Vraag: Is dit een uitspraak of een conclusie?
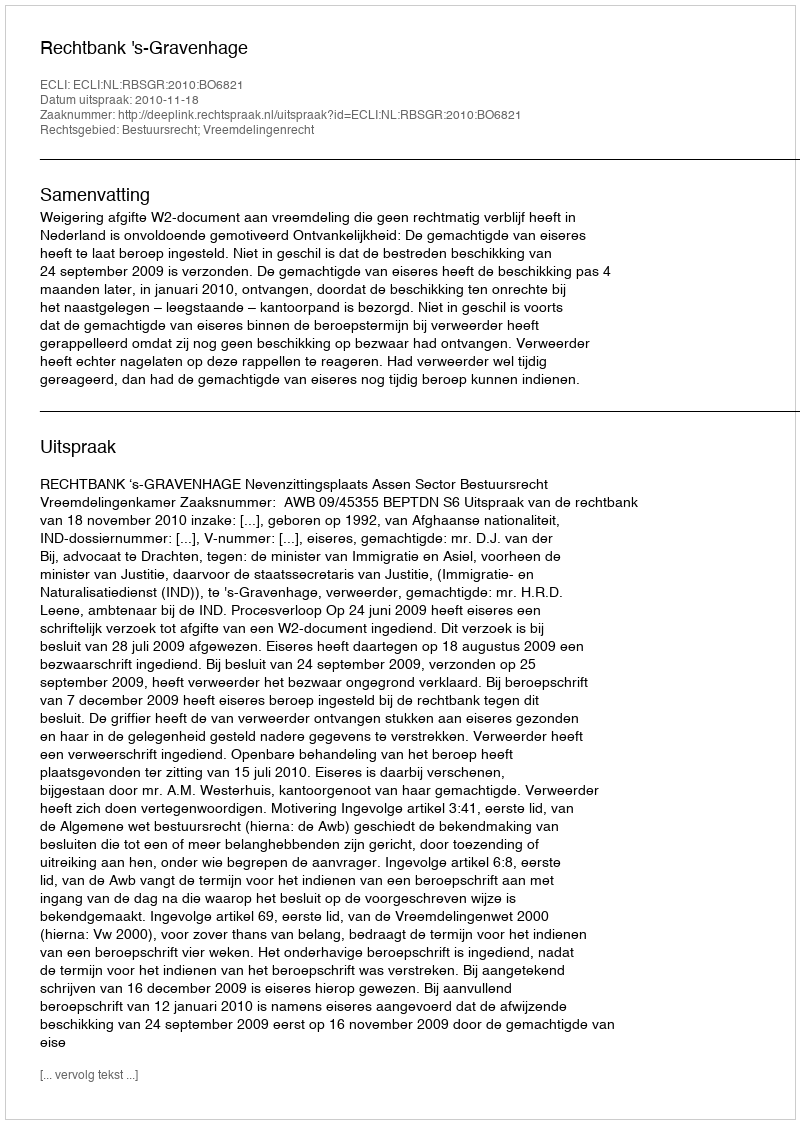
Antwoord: Uitspraak